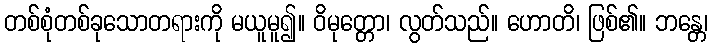
တစ်စုံတစ်ခုသောတရားကို မယူမူ၍။ ဝိမုတ္တော၊ လွတ်သည်။ ဟောတိ၊ ဖြစ်၏။ ဘန္တေ၊